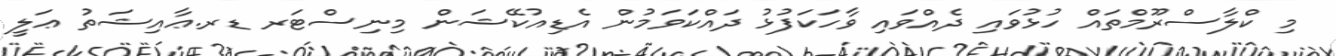
މި ކްލާސްރޫމްތައް ހުޅުވައި ދެއްވައި ވާހަކަފުޅު ދައްކަވަމުން އެޑިއުކޭޝަން މިނިސްޓަރ ޑރ.ޢާއިޝަތު ޢަލީ